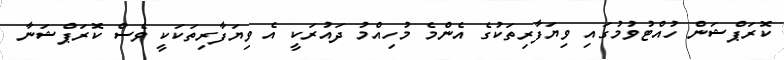
ކޮރަޕްޝަން ހުއްޓުވުމުގައި ވިޔަފާރިތަކުގެ އެންމެ މުހިއްމު ދައުރަކީ އެ ވިޔަފާރިތަކަކީ ވެސް ކޮރަޕްޝަނާ